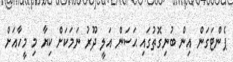
ޕެންޓަގަން އިން ބުނިގޮތުގައި ޙަސަން އަލީ ދޫރު ނަމަކަށް ކިޔާ މި މީހާއަށް